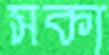
সকা